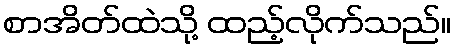
စာအိတ်ထဲသို့ ထည့်လိုက်သည်။